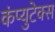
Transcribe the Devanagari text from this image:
कंप्युटेक्स